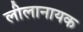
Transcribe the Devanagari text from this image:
लीलानायक